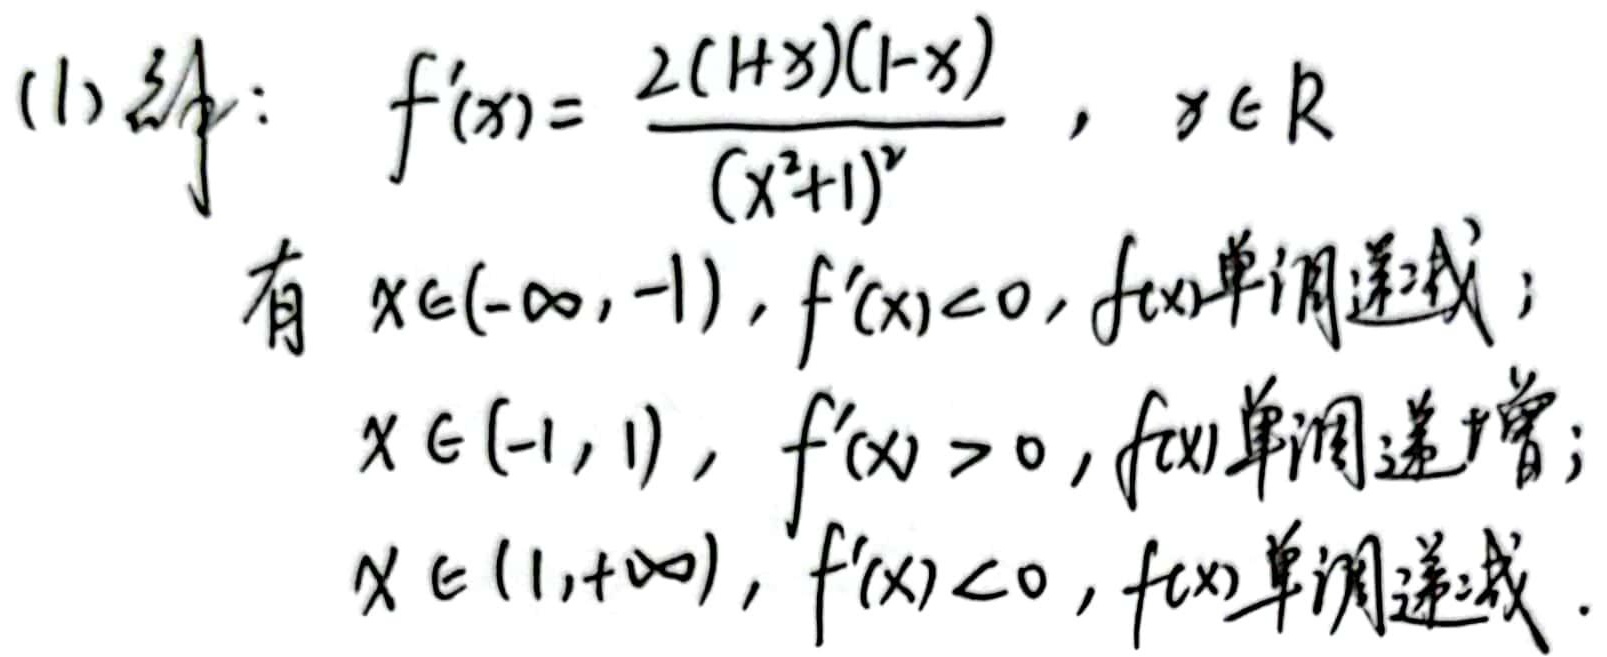
解：\(f^{\prime}(x)=\frac{2(1 + x)(1 - x)}{(x^{2}+1)^{2}},x\in \mathbb{R}\)。有：当\(x\in(-\infty,-1)\)时，\(f^{\prime}(x)<0\)，\(f(x)\)单调递减；当\(x\in(-1,1)\)时，\(f^{\prime}(x)>0\)，\(f(x)\)单调递增；当\(x\in(1,+\infty)\)时，\(f^{\prime}(x)<0\)，\(f(x)\)单调递减。